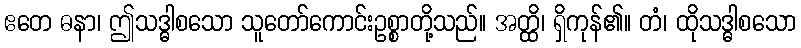
ဧတေ ဓနာ၊ ဤသဒ္ဓါစသော သူတော်ကောင်းဥစ္စာတို့သည်။ အတ္ထိ၊ ရှိကုန်၏။ တံ၊ ထိုသဒ္ဓါစသော